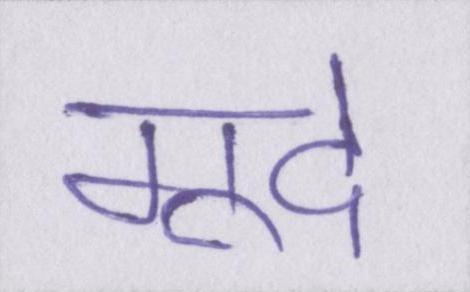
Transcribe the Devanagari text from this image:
गूदे